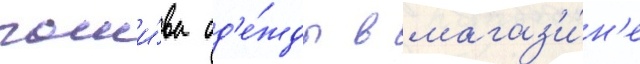
поши́ва од'е́жды в магаз'и́н'е